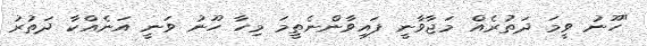
"ހޫނު ވީމަ ދަތުރެއް މަޖާވާނީ ފައިވާންނެތީމަ މިހާ ހޫނު ވަނީ އަނެއްކާ ދަތުރު